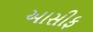
આસીફ